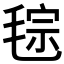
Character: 𣮤